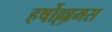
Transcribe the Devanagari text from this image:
हर्षोल्लामस